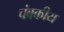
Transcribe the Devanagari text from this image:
चंबकीय